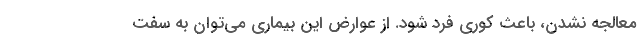
معالجه نشدن، باعث کوری فرد شود. از عوارض این بیماری می‌توان به سفت